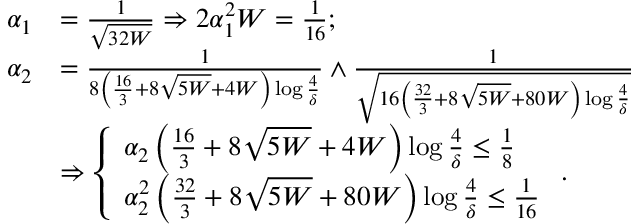
\begin{array} { r l } { \alpha _ { 1 } } & { = \frac { 1 } { \sqrt { 3 2 W } } \Rightarrow 2 \alpha _ { 1 } ^ { 2 } W = \frac { 1 } { 1 6 } ; } \\ { \alpha _ { 2 } } & { = \frac { 1 } { 8 \left( \frac { 1 6 } { 3 } + 8 \sqrt { 5 W } + 4 W \right) \log \frac { 4 } { \delta } } \land \frac { 1 } { \sqrt { 1 6 \left( \frac { 3 2 } { 3 } + 8 \sqrt { 5 W } + 8 0 W \right) \log \frac { 4 } { \delta } } } } \\ & { \Rightarrow \left\{ \begin{array} { l l } { \alpha _ { 2 } \left( \frac { 1 6 } { 3 } + 8 \sqrt { 5 W } + 4 W \right) \log \frac { 4 } { \delta } \leq \frac { 1 } { 8 } } \\ { \alpha _ { 2 } ^ { 2 } \left( \frac { 3 2 } { 3 } + 8 \sqrt { 5 W } + 8 0 W \right) \log \frac { 4 } { \delta } \leq \frac { 1 } { 1 6 } } \end{array} \right. . } \end{array}